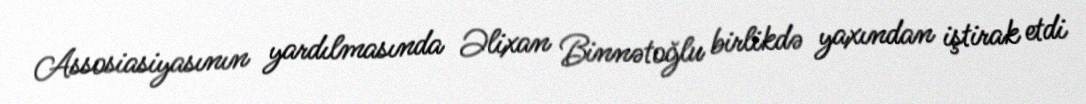
Assosiasiyasının yardılmasında Əlixan Binnətoğlu birlikdə yaxından iştirak etdi